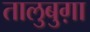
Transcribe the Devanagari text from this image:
तालुबुग़ा